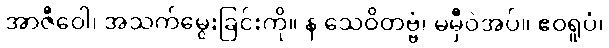
အာဇီဝေါ၊ အသက်မွေးခြင်းကို။ န သေဝိတဗ္ဗံ၊ မမှီဝဲအပ်။ ဧဝရူပံ၊